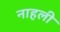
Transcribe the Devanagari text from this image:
नाहली